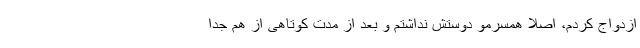
ازدواج کردم، اصلا همسرمو دوستش نداشتم و بعد از مدت کوتاهی از هم جدا